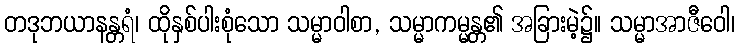
တဒုဘယာနန္တရံ၊ ထိုနှစ်ပါးစုံသော သမ္မာဝါစာ, သမ္မာကမ္မန္တ၏ အခြားမဲ့၌။ သမ္မာအာဇီဝေါ၊